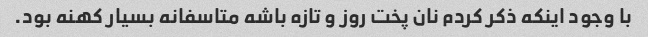
با وجود اینکه ذکر کردم نان پخت روز و تازه باشه متاسفانه بسیار کهنه بود.